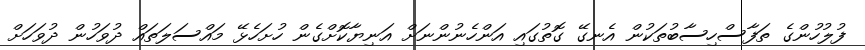
ފުލުހުންގެ ތަފާސްހިސާބުތަކުން އެނގޭ ގޮތުގައި އަންހެނުންނަށް އަނިޔާކޮށްގެން ހުށަހެޅޭ މައްސަލަތައް ދުވަހުން ދުވަހަށް